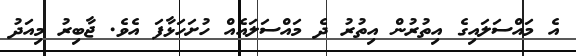
އެ މައްސަލައިގެ އިތުރުން އިތުރު ދެ މައްސަލައެއް ހުށަހަޅާފަ އެވެ. ޖާބިރު މިއަދު